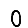
Digit: 0